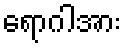
ရောဂါအား